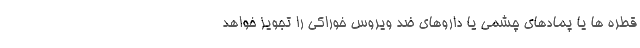
قطره ها یا پمادهای چشمی یا داروهای ضد ویروس خوراکی را تجویز خواهد